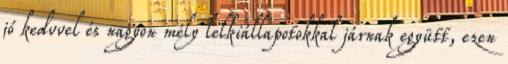
jó kedvvel és nagyon mély lelkiállapotokkal járnak együtt, ezen